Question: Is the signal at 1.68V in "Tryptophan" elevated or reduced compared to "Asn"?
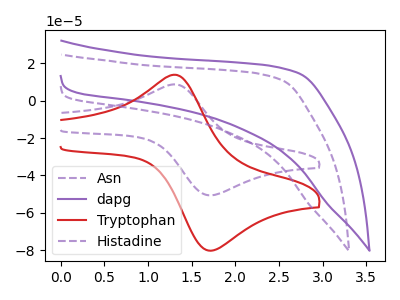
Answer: <think>The purple dashed curve "Asn" has an anodic peak at (1.30V, 8.80uA) and a cathodic peak at (1.70V, -50.50uA). The purple curve "dapg" has no peaks. The red curve "Tryptophan" has an anodic peak at (1.30V, 13.95uA) and a cathodic peak at (1.70V, -80.10uA). The purple dashed curve "Histadine" has no peaks.</think>
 <answer>The peak at 1.68V is higher in "Tryptophan" than in "Asn".</answer>
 <eval>higher</eval>